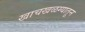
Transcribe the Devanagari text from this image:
खाचखळग्यातून